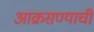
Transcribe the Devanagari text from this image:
आक्रसण्याची